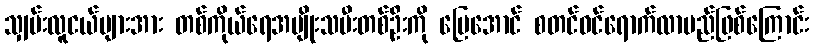
သျှမ်းလူငယ်များအား တစ်ကိုယ်ရေအမျိုးသမီးတစ်ဦးကို ပြေအောင် စတင်ဝင်ရောက်လာမည်ဖြစ်ကြောင်း